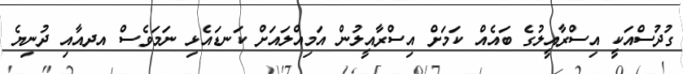
ގުދުސްއަކީ އިސްރާއީލުގެ ބައެއް ކަމަށް އިސްރާއީލުން އަމިއްލައަށް ކަނޑައެޅި ނަމަވެސް އދއާއި ދުނިޔެ